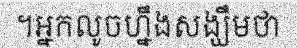
។អ្នកលូចហ្នឹងសង្ឃឹមថា